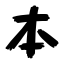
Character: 本